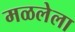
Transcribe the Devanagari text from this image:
मळलेला